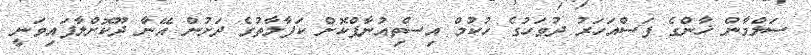
ސަލްމާން ޚާންގެ ފަސްއަހަރު ދުވަހުގެ ހުކުމް އިސްތިއުނާފްކޮށް ކަފާލާތުގެ ދަށުން އޭނާ ދޫކޮށްލާފައިވަނީ